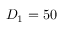
D _ { 1 } = 5 0